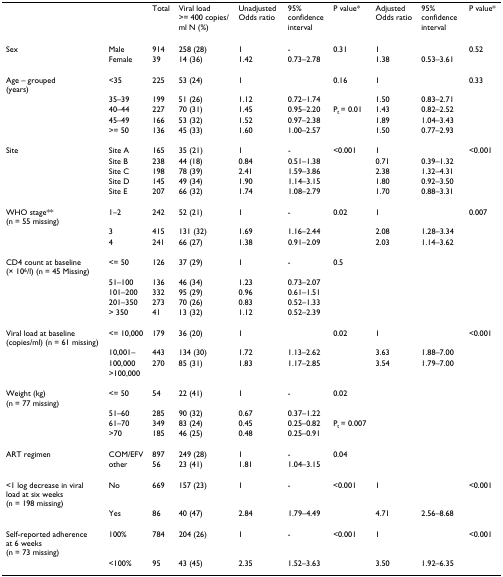
<table><thead><tr><td>[EMPTY_CELL]</td><td>[EMPTY_CELL]</td><td><b>Total</b></td><td><b>Viral load &gt;= 400 copies/ml N (%)</b></td><td><b>Unadjusted Odds ratio</b></td><td><b>95% confidence interval</b></td><td><b>P value*</b></td><td><b>Adjusted Odds ratio</b></td><td><b>95% confidence interval</b></td><td><b>P value*</b></td></tr></thead><tbody><tr><td>Sex</td><td>Male</td><td>914</td><td>258 (28)</td><td>1</td><td>-</td><td>0.31</td><td>1</td><td>[EMPTY_CELL]</td><td>0.52</td></tr><tr><td>[EMPTY_CELL]</td><td>Female</td><td>39</td><td>14 (36)</td><td>1.42</td><td>0.73–2.78</td><td>[EMPTY_CELL]</td><td>1.38</td><td>0.53–3.61</td><td>[EMPTY_CELL]</td></tr><tr><td>Age – grouped (years)</td><td>&lt;35</td><td>225</td><td>53 (24)</td><td>1</td><td>[EMPTY_CELL]</td><td>0.16</td><td>1</td><td>[EMPTY_CELL]</td><td>0.33</td></tr><tr><td>[EMPTY_CELL]</td><td>35–39</td><td>199</td><td>51 (26)</td><td>1.12</td><td>0.72–1.74</td><td>[EMPTY_CELL]</td><td>1.50</td><td>0.83–2.71</td><td>[EMPTY_CELL]</td></tr><tr><td>[EMPTY_CELL]</td><td>40–44</td><td>227</td><td>70 (31)</td><td>1.45</td><td>0.95–2.20</td><td>P<sub>t </sub>= 0.01</td><td>1.43</td><td>0.82–2.52</td><td>[EMPTY_CELL]</td></tr><tr><td>[EMPTY_CELL]</td><td>45–49</td><td>166</td><td>53 (32)</td><td>1.52</td><td>0.97–2.38</td><td>[EMPTY_CELL]</td><td>1.89</td><td>1.04–3.43</td><td>[EMPTY_CELL]</td></tr><tr><td>[EMPTY_CELL]</td><td>&gt;= 50</td><td>136</td><td>45 (33)</td><td>1.60</td><td>1.00–2.57</td><td>[EMPTY_CELL]</td><td>1.50</td><td>0.77–2.93</td><td>[EMPTY_CELL]</td></tr><tr><td>Site</td><td>Site A</td><td>165</td><td>35 (21)</td><td>1</td><td>-</td><td>&lt;0.001</td><td>1</td><td>[EMPTY_CELL]</td><td>&lt;0.001</td></tr><tr><td>[EMPTY_CELL]</td><td>Site B</td><td>238</td><td>44 (18)</td><td>0.84</td><td>0.51–1.38</td><td>[EMPTY_CELL]</td><td>0.71</td><td>0.39–1.32</td><td>[EMPTY_CELL]</td></tr><tr><td>[EMPTY_CELL]</td><td>Site C</td><td>198</td><td>78 (39)</td><td>2.41</td><td>1.59–3.86</td><td>[EMPTY_CELL]</td><td>2.38</td><td>1.32–4.31</td><td>[EMPTY_CELL]</td></tr><tr><td>[EMPTY_CELL]</td><td>Site D</td><td>145</td><td>49 (34)</td><td>1.90</td><td>1.14–3.15</td><td>[EMPTY_CELL]</td><td>1.80</td><td>0.92–3.50</td><td>[EMPTY_CELL]</td></tr><tr><td>[EMPTY_CELL]</td><td>Site E</td><td>207</td><td>66 (32)</td><td>1.74</td><td>1.08–2.79</td><td>[EMPTY_CELL]</td><td>1.70</td><td>0.88–3.31</td><td>[EMPTY_CELL]</td></tr><tr><td>WHO stage** (n = 55 missing)</td><td>1–2</td><td>242</td><td>52 (21)</td><td>1</td><td>-</td><td>0.02</td><td>1</td><td>[EMPTY_CELL]</td><td>0.007</td></tr><tr><td>[EMPTY_CELL]</td><td>3</td><td>415</td><td>131 (32)</td><td>1.69</td><td>1.16–2.44</td><td>[EMPTY_CELL]</td><td>2.08</td><td>1.28–3.34</td><td>[EMPTY_CELL]</td></tr><tr><td>[EMPTY_CELL]</td><td>4</td><td>241</td><td>66 (27)</td><td>1.38</td><td>0.91–2.09</td><td>[EMPTY_CELL]</td><td>2.03</td><td>1.14–3.62</td><td>[EMPTY_CELL]</td></tr><tr><td>CD4 count at baseline (× 10<sup>6</sup>/l) (n = 45 Missing)</td><td>&lt;= 50</td><td>126</td><td>37 (29)</td><td>1</td><td>-</td><td>0.5</td><td>[EMPTY_CELL]</td><td>[EMPTY_CELL]</td><td>[EMPTY_CELL]</td></tr><tr><td>[EMPTY_CELL]</td><td>51–100</td><td>136</td><td>46 (34)</td><td>1.23</td><td>0.73–2.07</td><td>[EMPTY_CELL]</td><td>[EMPTY_CELL]</td><td>[EMPTY_CELL]</td><td>[EMPTY_CELL]</td></tr><tr><td>[EMPTY_CELL]</td><td>101–200</td><td>332</td><td>95 (29)</td><td>0.96</td><td>0.61–1.51</td><td>[EMPTY_CELL]</td><td>[EMPTY_CELL]</td><td>[EMPTY_CELL]</td><td>[EMPTY_CELL]</td></tr><tr><td>[EMPTY_CELL]</td><td>201–350</td><td>273</td><td>70 (26)</td><td>0.83</td><td>0.52–1.33</td><td>[EMPTY_CELL]</td><td>[EMPTY_CELL]</td><td>[EMPTY_CELL]</td><td>[EMPTY_CELL]</td></tr><tr><td>[EMPTY_CELL]</td><td>&gt; 350</td><td>41</td><td>13 (32)</td><td>1.12</td><td>0.52–2.39</td><td>[EMPTY_CELL]</td><td>[EMPTY_CELL]</td><td>[EMPTY_CELL]</td><td>[EMPTY_CELL]</td></tr><tr><td>Viral load at baseline (copies/ml) (n = 61 missing)</td><td>&lt;= 10,000</td><td>179</td><td>36 (20)</td><td>1</td><td>[EMPTY_CELL]</td><td>0.02</td><td>1</td><td>[EMPTY_CELL]</td><td>&lt;0.001</td></tr><tr><td>[EMPTY_CELL]</td><td>10,001–</td><td>443</td><td>134 (30)</td><td>1.72</td><td>1.13–2.62</td><td>[EMPTY_CELL]</td><td>3.63</td><td>1.88–7.00</td><td>[EMPTY_CELL]</td></tr><tr><td>[EMPTY_CELL]</td><td>100,000</td><td>270</td><td>85 (31)</td><td>1.83</td><td>1.17–2.85</td><td>[EMPTY_CELL]</td><td>3.54</td><td>1.79–7.00</td><td>[EMPTY_CELL]</td></tr><tr><td>[EMPTY_CELL]</td><td>&gt;100,000</td><td>[EMPTY_CELL]</td><td>[EMPTY_CELL]</td><td>[EMPTY_CELL]</td><td>[EMPTY_CELL]</td><td>[EMPTY_CELL]</td><td>[EMPTY_CELL]</td><td>[EMPTY_CELL]</td><td>[EMPTY_CELL]</td></tr><tr><td>Weight (kg) (n = 77 missing)</td><td>&lt;= 50</td><td>54</td><td>22 (41)</td><td>1</td><td>-</td><td>0.02</td><td>[EMPTY_CELL]</td><td>[EMPTY_CELL]</td><td>[EMPTY_CELL]</td></tr><tr><td>[EMPTY_CELL]</td><td>51–60</td><td>285</td><td>90 (32)</td><td>0.67</td><td>0.37–1.22</td><td>[EMPTY_CELL]</td><td>[EMPTY_CELL]</td><td>[EMPTY_CELL]</td><td>[EMPTY_CELL]</td></tr><tr><td>[EMPTY_CELL]</td><td>61–70</td><td>349</td><td>83 (24)</td><td>0.45</td><td>0.25–0.82</td><td>P<sub>t </sub>= 0.007</td><td>[EMPTY_CELL]</td><td>[EMPTY_CELL]</td><td>[EMPTY_CELL]</td></tr><tr><td>[EMPTY_CELL]</td><td>&gt;70</td><td>185</td><td>46 (25)</td><td>0.48</td><td>0.25–0.91</td><td>[EMPTY_CELL]</td><td>[EMPTY_CELL]</td><td>[EMPTY_CELL]</td><td>[EMPTY_CELL]</td></tr><tr><td>ART regimen</td><td>COM/EFV</td><td>897</td><td>249 (28)</td><td>1</td><td>-</td><td>0.04</td><td>[EMPTY_CELL]</td><td>[EMPTY_CELL]</td><td>[EMPTY_CELL]</td></tr><tr><td>[EMPTY_CELL]</td><td>other</td><td>56</td><td>23 (41)</td><td>1.81</td><td>1.04–3.15</td><td>[EMPTY_CELL]</td><td>[EMPTY_CELL]</td><td>[EMPTY_CELL]</td><td>[EMPTY_CELL]</td></tr><tr><td>&lt;1 log decrease in viralload at six weeks(n = 198 missing)</td><td>No</td><td>669</td><td>157 (23)</td><td>1</td><td>-</td><td>&lt;0.001</td><td>1</td><td>[EMPTY_CELL]</td><td>&lt;0.001</td></tr><tr><td>[EMPTY_CELL]</td><td>Yes</td><td>86</td><td>40 (47)</td><td>2.84</td><td>1.79–4.49</td><td>[EMPTY_CELL]</td><td>4.71</td><td>2.56–8.68</td><td>[EMPTY_CELL]</td></tr><tr><td>Self-reported adherence at 6 weeks (n = 73 missing)</td><td>100%</td><td>784</td><td>204 (26)</td><td>1</td><td>-</td><td>&lt;0.001</td><td>1</td><td>[EMPTY_CELL]</td><td>&lt;0.001</td></tr><tr><td>[EMPTY_CELL]</td><td>&lt;100%</td><td>95</td><td>43 (45)</td><td>2.35</td><td>1.52–3.63</td><td>[EMPTY_CELL]</td><td>3.50</td><td>1.92–6.35</td><td>[EMPTY_CELL]</td></tr></tbody></table>